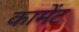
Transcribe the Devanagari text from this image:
कामेंट